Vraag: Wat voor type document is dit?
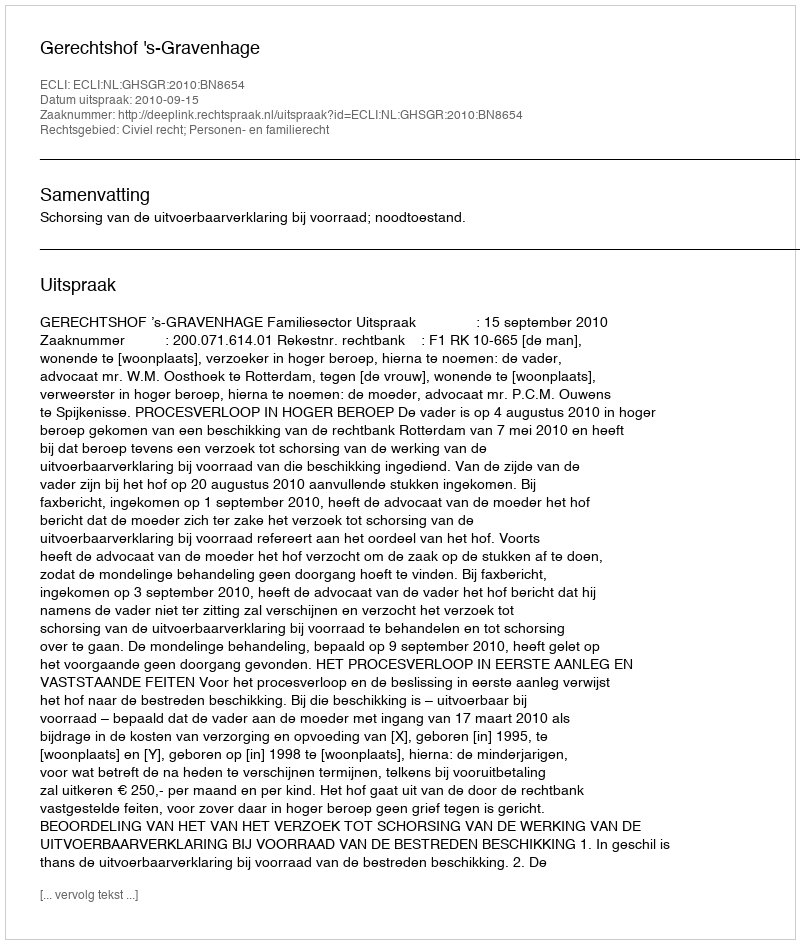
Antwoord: Uitspraak